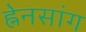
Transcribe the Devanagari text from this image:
ह्नेनसांग